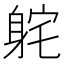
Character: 𫏫